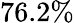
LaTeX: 76.2\%